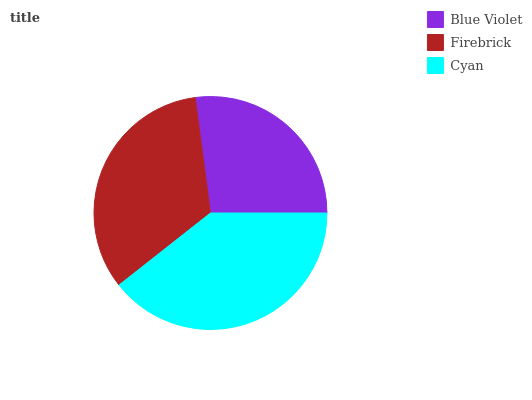
| Blue Violet | Firebrick | Cyan |
 | --- | --- | --- |
 | 27.1% | 33.6% | 39.3% |